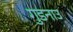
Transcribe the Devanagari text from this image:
गुडनाउ